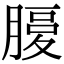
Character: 𦞶